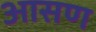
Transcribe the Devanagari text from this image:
आसण